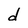
Character: d